Report on lock hospitals in British Burma
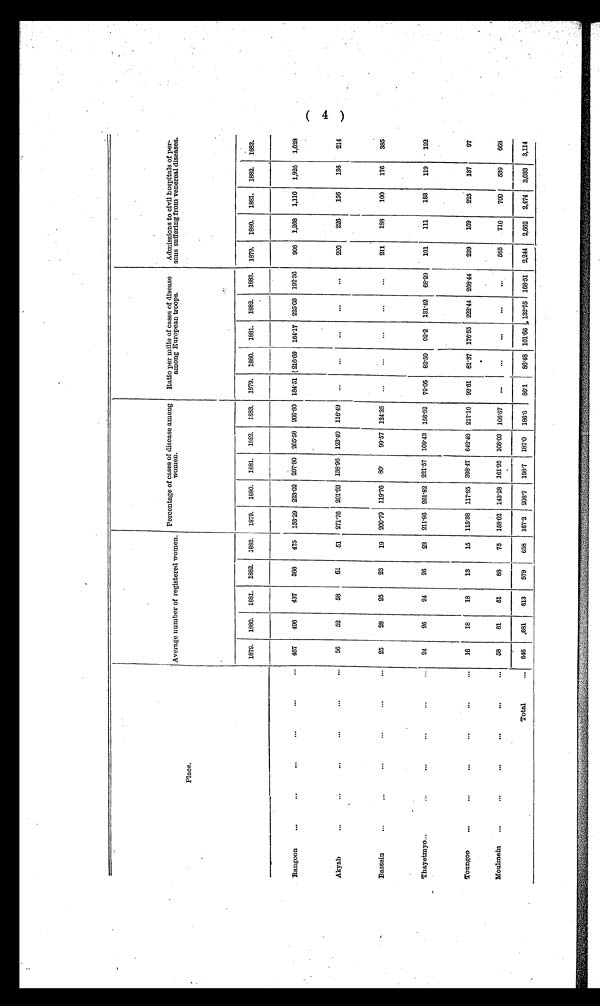
Place.
Average number of registered women,
Percentage of cases of disease among
women.
Ratio per mille of cases of disease
among European troops.
Admissions to civil hospitals of per-
sons suffering from venereal diseases.
1879. 1880. 1881. 1882. 1883. 1879. 1880. 1881. 1882. 1883. 1879. 1880. 1881. 1882. 1883. 1879. 1880. 1881. 1882. 1883.
Rangoon
...
...
...
...
...
... 467
496
437
388
475 153.29
2 2 3 . 0 2 207.80
2 0 5 . 5 8 209.80 184.51 216.69 164.17 225.03 192.36
908 1,268 1,110 1,926 1,628
Akyab
...
...
...
...
...
...
56
52
58
61
51 271.76 201.63 138.96 123.40 116.49 ...
...
...
...
...
220
226
156
136
214
Bassein
...
...
...
...
...
...
25
28
25
23
19 200.79 119.76 80.
99.57 124.35 ...
...
...
...
...
211
188
100
176
385
Thayetmyo...
...
...
...
...
...
24
26
24
26
23 211.86 261.82 221.57 109.43 156.52 79.05 82.50 92.2 131.42
6 8 . 2 9 101
1 1 1
183
1 1 9 122
Toungoo
...
...
. . .
...
. . .
...
16
18
18
13
15 115.38 117.85 398.47 642.48 217.10 93.61 81.37 176.55 222.44
2 6 8 . 4 4 239
159
225
137
97
Moulmein ...
. . .
...
. . .
. . .
...
58
61
51
68
75
1 5 8 . 6 2 143.28 161.95 108.03 106.67 ...
...
...
...
...
565
710
700
539
668
Total
... 646 .681
613
579
658
1 6 7 . 2
2 0 8 . 7
198.7 187.0
186.6 86.1
86.48 101.66
1 3 2 . 7 5
1 6 8 . 5 1 2,244 2,662 2,474 3,033 3,114
( 4 )